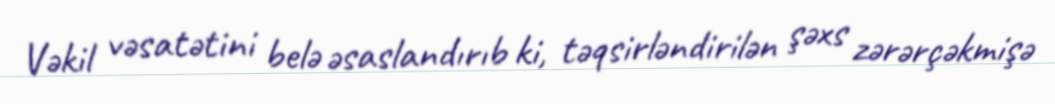
Vəkil vəsatətini belə əsaslandırıb ki, təqsirləndirilən şəxs zərərçəkmişə